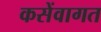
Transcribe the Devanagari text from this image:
कसेंवागत